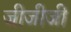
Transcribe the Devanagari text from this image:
जीजीजी